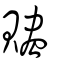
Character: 贐